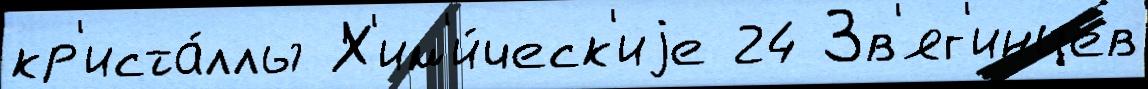
кр'иста́ллы Х'им'и́ческ'иjе 24 Зв'яг'инцев